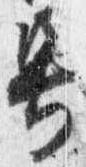
号